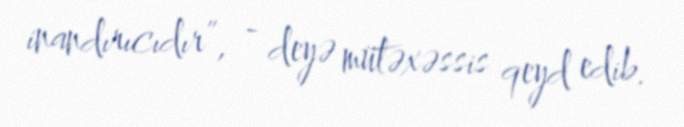
inandırıcıdır”, - deyə mütəxəssis qeyd edib.